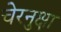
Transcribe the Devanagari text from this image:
चेरनुक्षा